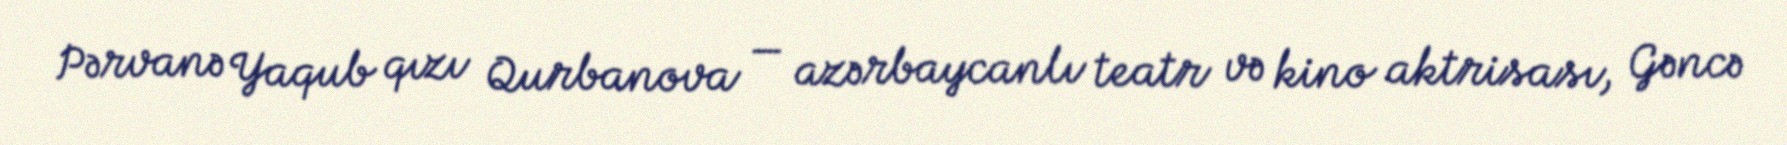
Pərvanə Yaqub qızı Qurbanova — azərbaycanlı teatr və kino aktrisası, Gəncə